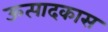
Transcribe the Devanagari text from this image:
ऊत्पादकास